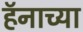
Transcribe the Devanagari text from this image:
हॅनाच्या